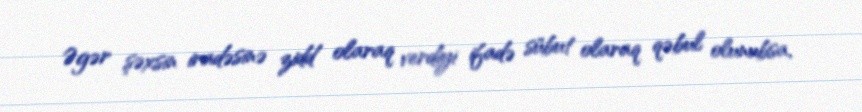
Əgər şəxsin iradəsinə zidd olaraq verdiyi ifadə sübut olaraq qəbul olunubsa,